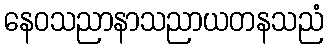
နေဝသညာနာသညာယတနသညံ